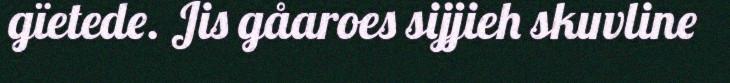
gïetede. Jis gåaroes sijjieh skuvline